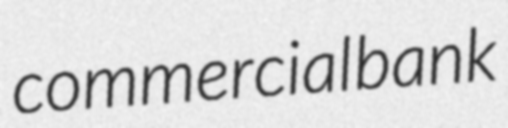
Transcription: commercial bank